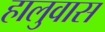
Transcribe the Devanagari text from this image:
हालुवास